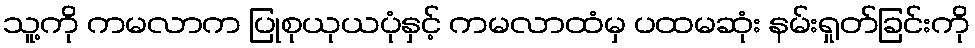
သူ့ကို ကမလာက ပြုစုယုယပုံနှင့် ကမလာထံမှ ပထမဆုံး နမ်းရှုတ်ခြင်းကို